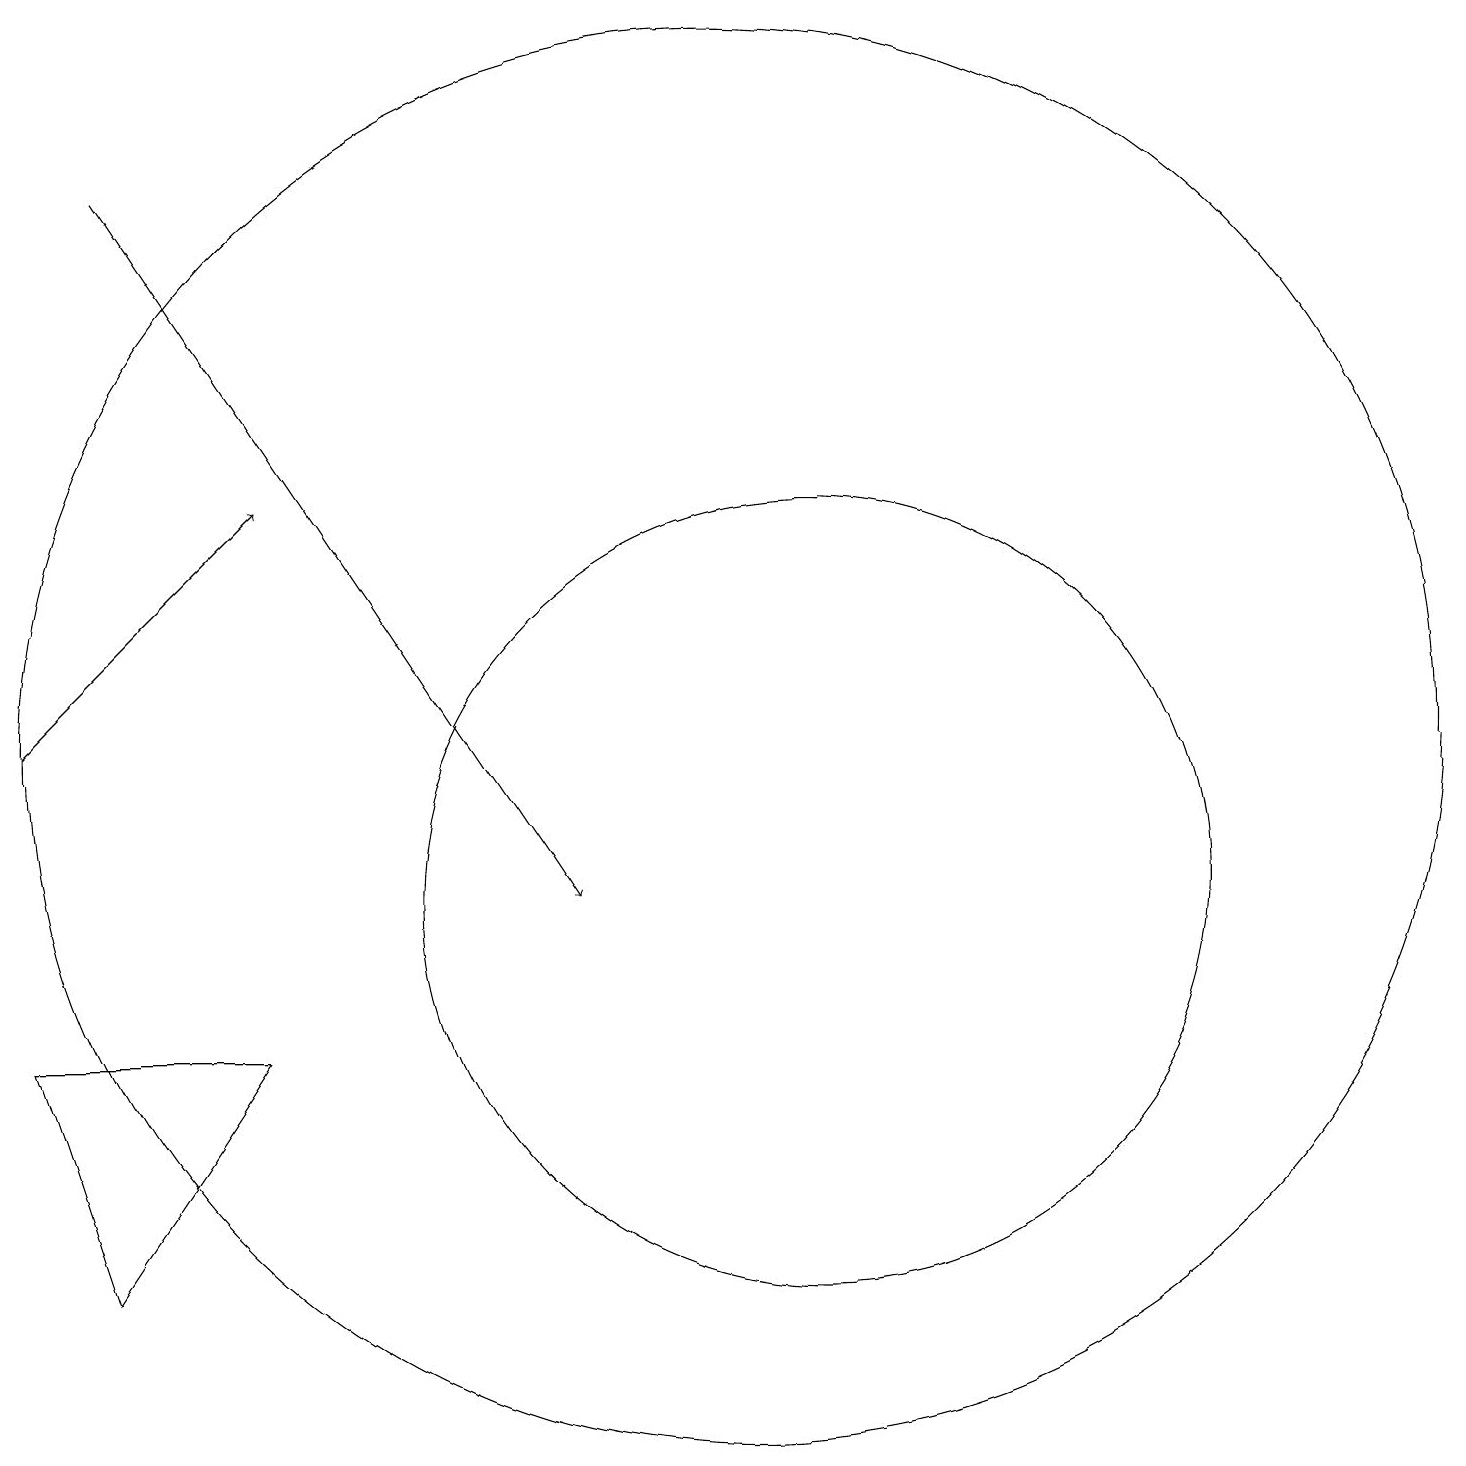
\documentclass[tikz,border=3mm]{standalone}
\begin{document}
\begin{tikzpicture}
\draw (4,8) -- (2,5) -- (1,8) -- cycle;
\draw[->] (1,12) -- (4,15);
\draw (11,10) circle (5);
\draw (10,12) circle (9);
\draw[->] (2,19) -- (8,10);
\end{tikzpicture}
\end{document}